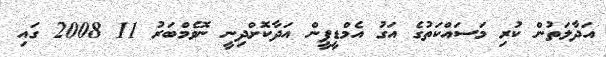
އަދާލަތުން ކުރި މަސައްކަތުގެ އަގު އެމްޑީޕީން އަދާކޮށްދިނީ ނޮވެމްބަރު 11 2008 ގައި